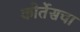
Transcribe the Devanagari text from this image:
कोर्तेसचा